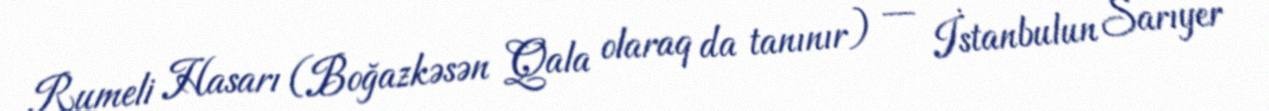
Rumeli Hasarı (Boğazkəsən Qala olaraq da tanınır) — İstanbulun Sarıyer